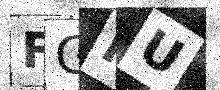
Text: FGFU